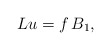
\begin{align*}L u=f \,B_1,\end{align*}